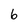
Character: 6